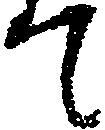
て